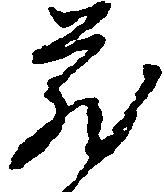
蔵